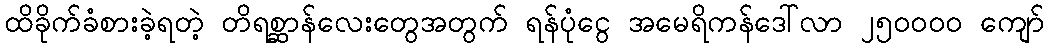
ထိခိုက်ခံစားခဲ့ရတဲ့ တိရစ္ဆာန်လေးတွေအတွက် ရန်ပုံငွေ အမေရိကန်ဒေါ်လာ ၂၅၀၀၀၀ ကျော်